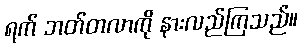
ရက် ဘတ်တလာကို နားလည်ကြသည်။